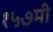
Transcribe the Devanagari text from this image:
१५७मी